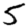
Digit: 5